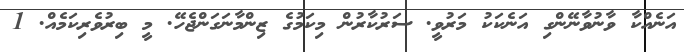
އަނެއްކާ ވާނުވާނޭންގި އަނެކަކު މަރުވީ. ސަރުކާރުން މިކަމުގެ ޒިންމާނަގަންޖެހޭ. މީ ބިރުވެރިކަމެއް. 1